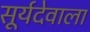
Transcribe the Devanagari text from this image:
सूर्यदेवाला